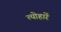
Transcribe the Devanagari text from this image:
त्योहारें